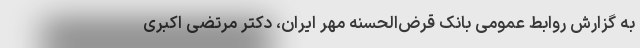
به گزارش روابط عمومی بانک قرض‌الحسنه مهر ایران، دکتر مرتضی اکبری